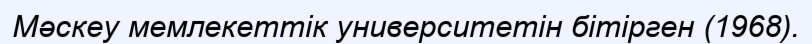
Мәскеу мемлекеттік университетін бітірген (1968).